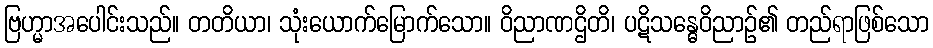
ဗြဟ္မာအပေါင်းသည်။ တတိယာ၊ သုံးယောက်မြောက်သော။ ဝိညာဏဌိတိ၊ ပဋိသန္ဓေဝိညာဉ်၏ တည်ရာဖြစ်သော